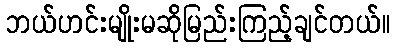
ဘယ်ဟင်းမျိုးမဆိုမြည်းကြည့်ချင်တယ်။